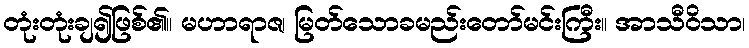
တုံးတုံးချ၍ဖြစ်၏။ မဟာရာဇ၊ မြတ်သောခမည်းတော်မင်းကြီး။ အာသီဝိသာ၊